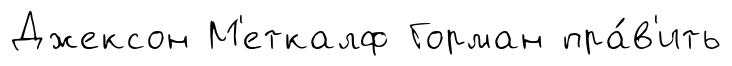
Джексон М'еткалф Горман пра́в'ить